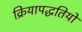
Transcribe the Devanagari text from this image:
क्रियापद्धतियों